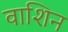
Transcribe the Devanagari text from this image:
वाशिन